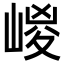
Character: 嵕